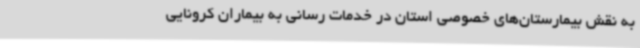
به نقش بیمارستان‌های خصوصی استان در خدمات رسانی به بیماران کرونایی